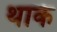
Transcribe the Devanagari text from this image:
थाके